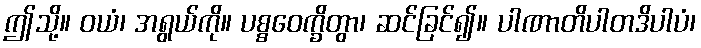
ဤသို့။ ဝယံ၊ အရွယ်ကို။ ပစ္စဝေက္ခိတွာ၊ ဆင်ခြင်၍။ ပါဏာတိပါတဒိပါပံ၊